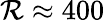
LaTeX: \mathcal{R}\approx400